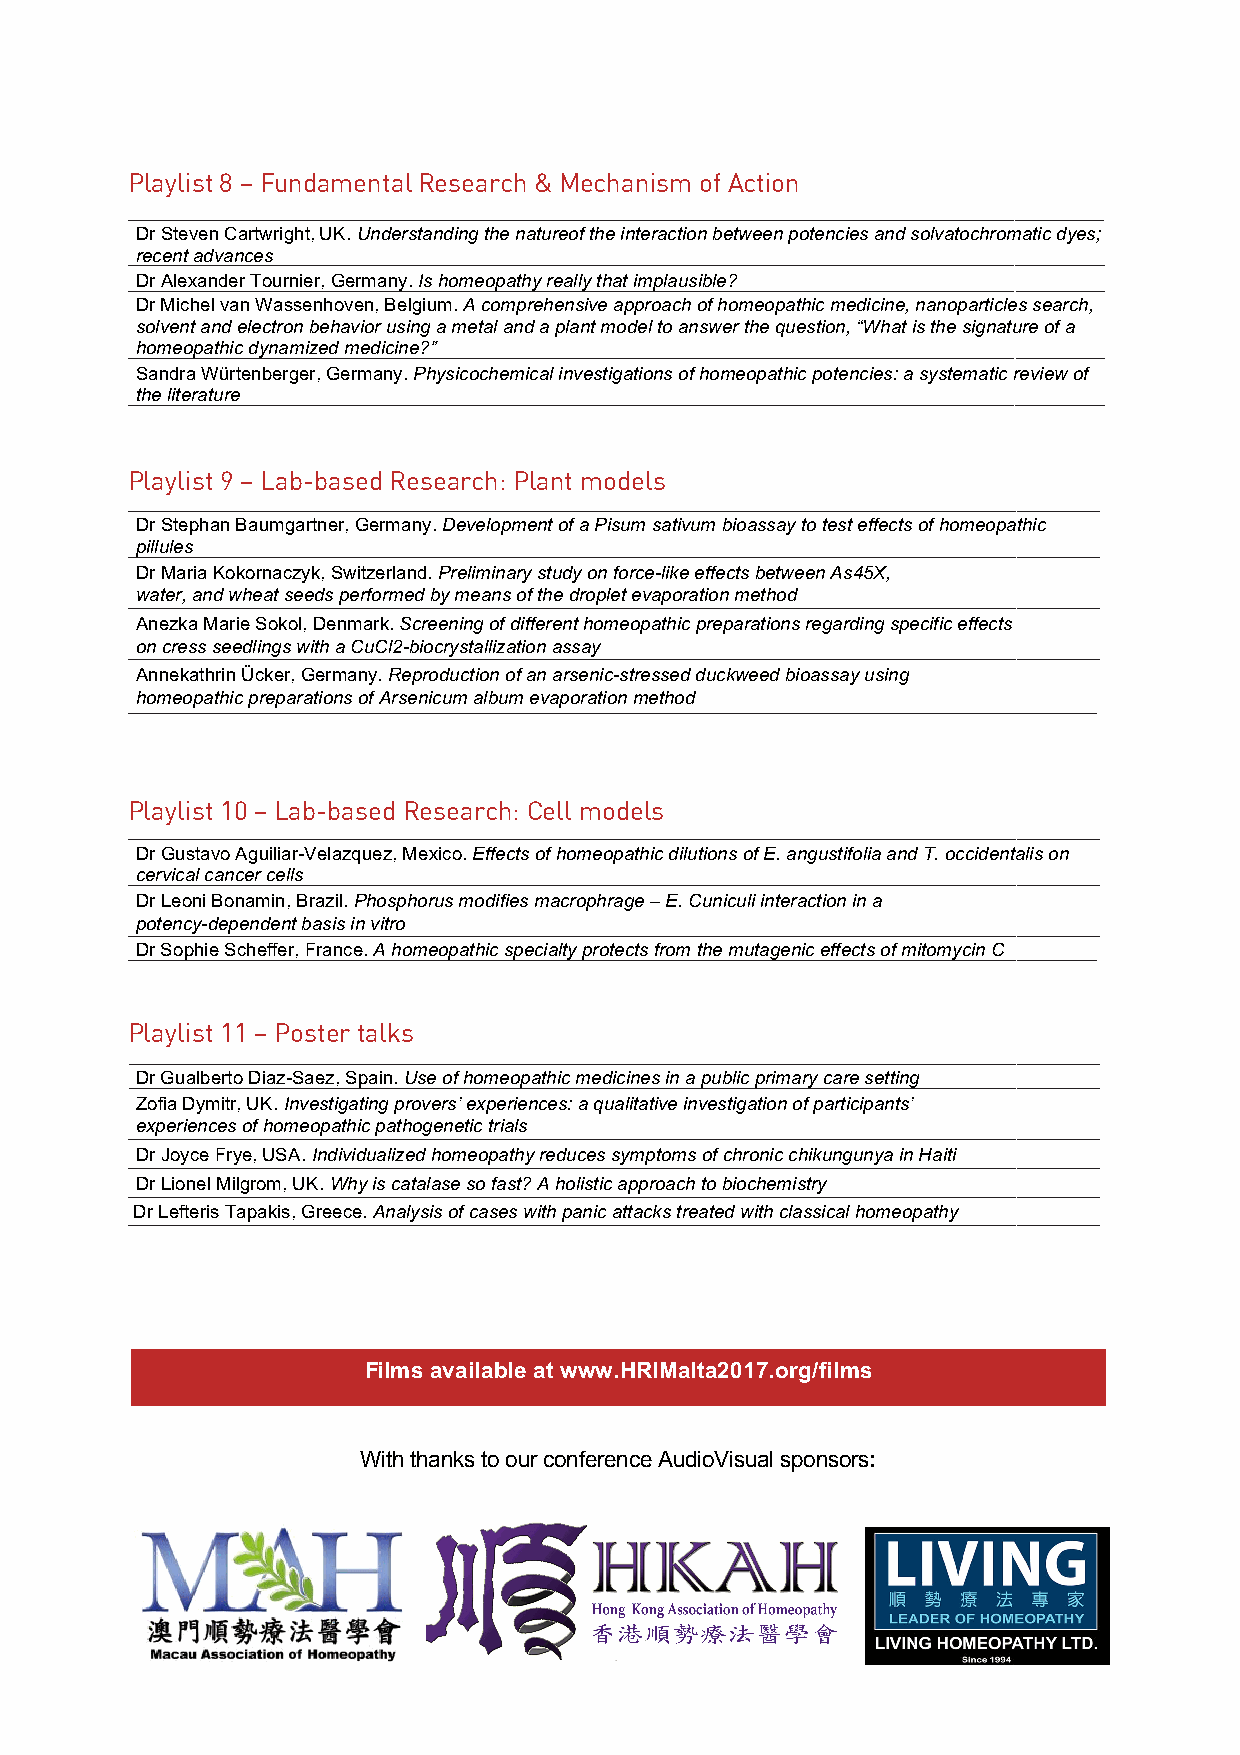
Playlist 8 – Fundamental Research & Mechanism of Action
 Dr Steven Cartwright, UK. Understanding the natureof the interaction between potencies and solvatochromatic dyes;
 recent advances
 Dr Alexander Tournier, Germany. Is homeopathy really that implausible?
 Dr Michel van Wassenhoven, Belgium. A comprehensive approach of homeopathic medicine, nanoparticles search,
 solvent and electron behavior using a metal and a plant model to answer the question, “What is the signature of a
 homeopathic dynamized medicine?”
 Sandra Würtenberger, Germany. Physicochemical investigations of homeopathic potencies: a systematic review of
 the literature
 Playlist 9 – Lab-based Research: Plant models
 Dr Stephan Baumgartner, Germany. Development of a Pisum sativum bioassay to test effects of homeopathic
 pillules
 Dr Maria Kokornaczyk, Switzerland. Preliminary study on force-like effects between As45X,
 water, and wheat seeds performed by means of the droplet evaporation method
 Anezka Marie Sokol, Denmark. Screening of different homeopathic preparations regarding specific effects
 on cress seedlings with a CuCl2-biocrystallization assay
 Annekathrin Ücker, Germany. Reproduction of an arsenic-stressed duckweed bioassay using
 homeopathic preparations of Arsenicum album evaporation method
 Playlist 10 – Lab-based Research: Cell models
 Dr Gustavo Aguiliar-Velazquez, Mexico. Effects of homeopathic dilutions of E. angustifolia and T. occidentalis on
 cervical cancer cells
 Dr Leoni Bonamin, Brazil. Phosphorus modifies macrophrage – E. Cuniculi interaction in a
 potency-dependent basis in vitro
 Dr Sophie Scheffer, France. A homeopathic specialty protects from the mutagenic effects of mitomycin C
 Playlist 11 – Poster talks
 Dr Gualberto Diaz-Saez, Spain. Use of homeopathic medicines in a public primary care setting
 Zofia Dymitr, UK. Investigating provers’ experiences: a qualitative investigation of participants’
 experiences of homeopathic pathogenetic trials
 Dr Joyce Frye, USA. Individualized homeopathy reduces symptoms of chronic chikungunya in Haiti
 Dr Lionel Milgrom, UK. Why is catalase so fast? A holistic approach to biochemistry
 Dr Lefteris Tapakis, Greece. Analysis of cases with panic attacks treated with classical homeopathy
 Films available at www.HRIMalta2017.org/films
 With thanks to our conference AudioVisual sponsors: